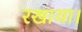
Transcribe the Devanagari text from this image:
रखाथा।